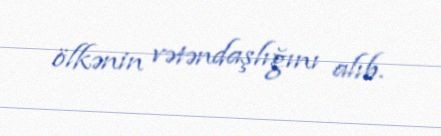
ölkənin vətəndaşlığını alıb.